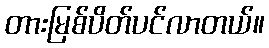
တားမြစ်ပိတ်ပင်လာတယ်။